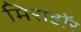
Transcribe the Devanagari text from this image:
मिराडॉर